Problem: 50 + 39 = ?
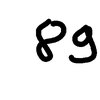
Handwritten answer: 89